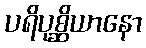
ပရိပုစ္ဆိယာနော